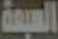
السبعة